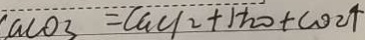
c a c o _ { 3 } = C a C l _ { 2 } + H _ { 2 } O + C O _ { 2 } \uparrow